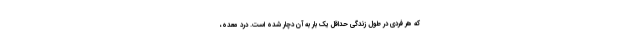
که هر فردی در طول زندگی حداقل یک بار به آن دچار شده است. درد معده،